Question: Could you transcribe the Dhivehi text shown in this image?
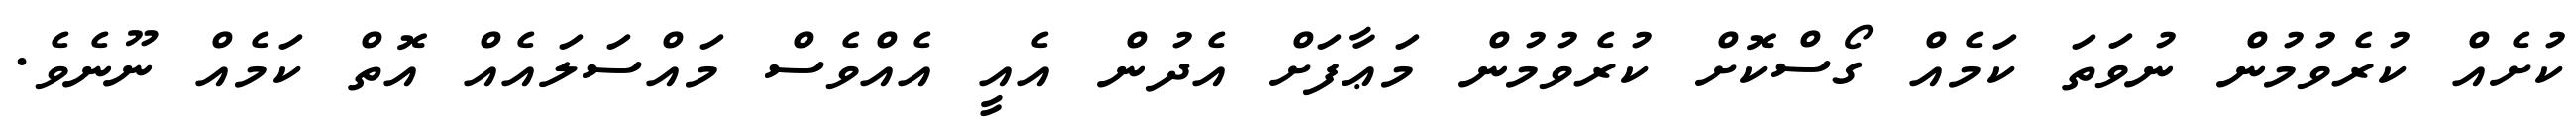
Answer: ކުށެއް ކުރެވުމުން ނުވަތަ ކަމެއް ގޯސްކޮށް ކުރެވުމުން މަޢާފަށް އެދުން އެއީ އެއްވެސް މައްސަލައެއް އޮތް ކަމެއް ނޫނެވެ.